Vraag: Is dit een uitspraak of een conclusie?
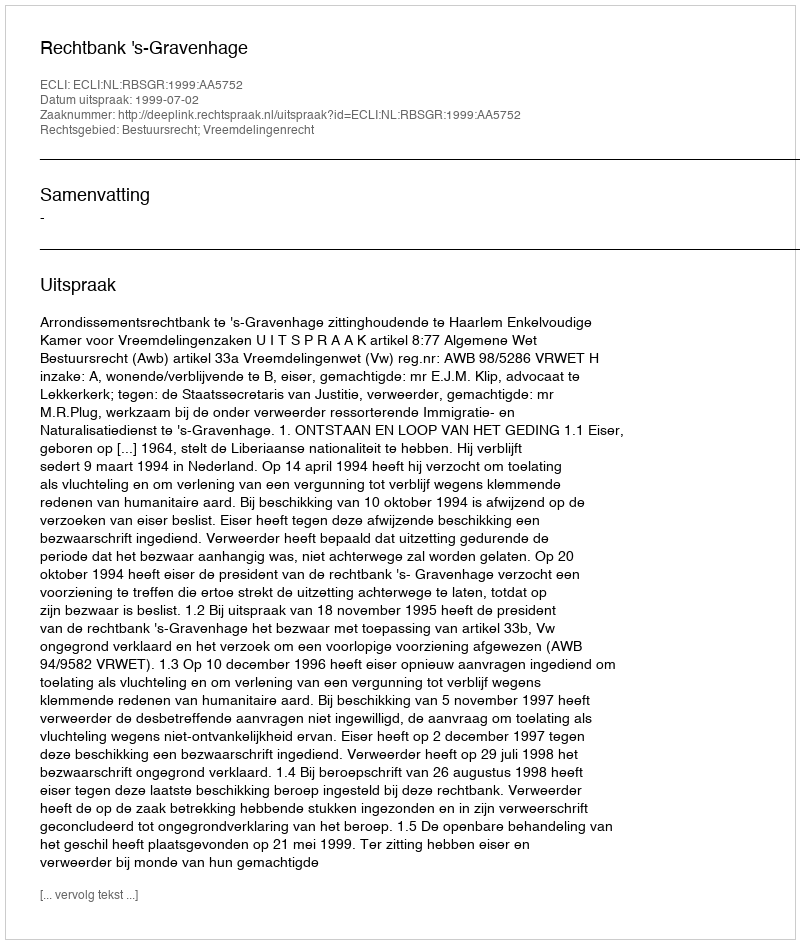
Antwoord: Uitspraak